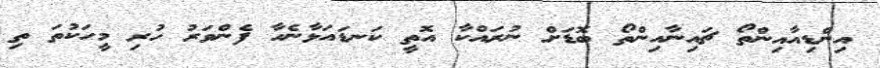
އިންޑިއާއިންތޯ ޗައިނާއިންތޯ ބޮޑަށް ނުރައްކާ އޮތީ ކަނޑައަޅާނެހާ ފެންވަރު ހުރި މީހަކުތަ ތި